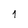
Character: 1